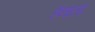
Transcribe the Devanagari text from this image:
हॅनाला